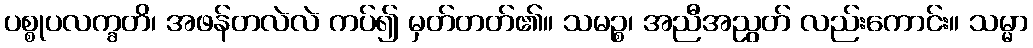
ပစ္စုပလက္ခတိ၊ အဖန်တလဲလဲ ကပ်၍ မှတ်တတ်၏။ သမဉ္စ၊ အညီအညွတ် လည်းကောင်း။ သမ္မာ